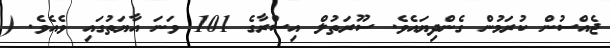
ޖެއްސުން ކުރަމުން ގެންދިޔައެވެ. ސޫރަތުލް އިސްރާގެ 101 ވަނަ އާޔަތުގައި ވެއެވެ. (